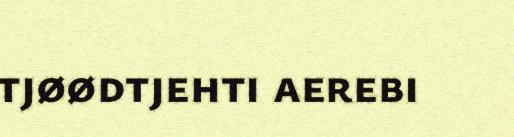
tjøødtjehti aerebi